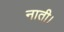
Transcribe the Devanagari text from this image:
नाती।